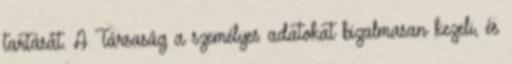
tartását. A Társaság a személyes adatokat bizalmasan kezeli, és